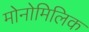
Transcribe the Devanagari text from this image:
मोनोमिलिक